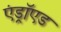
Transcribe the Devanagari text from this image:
एंड्राॅएड